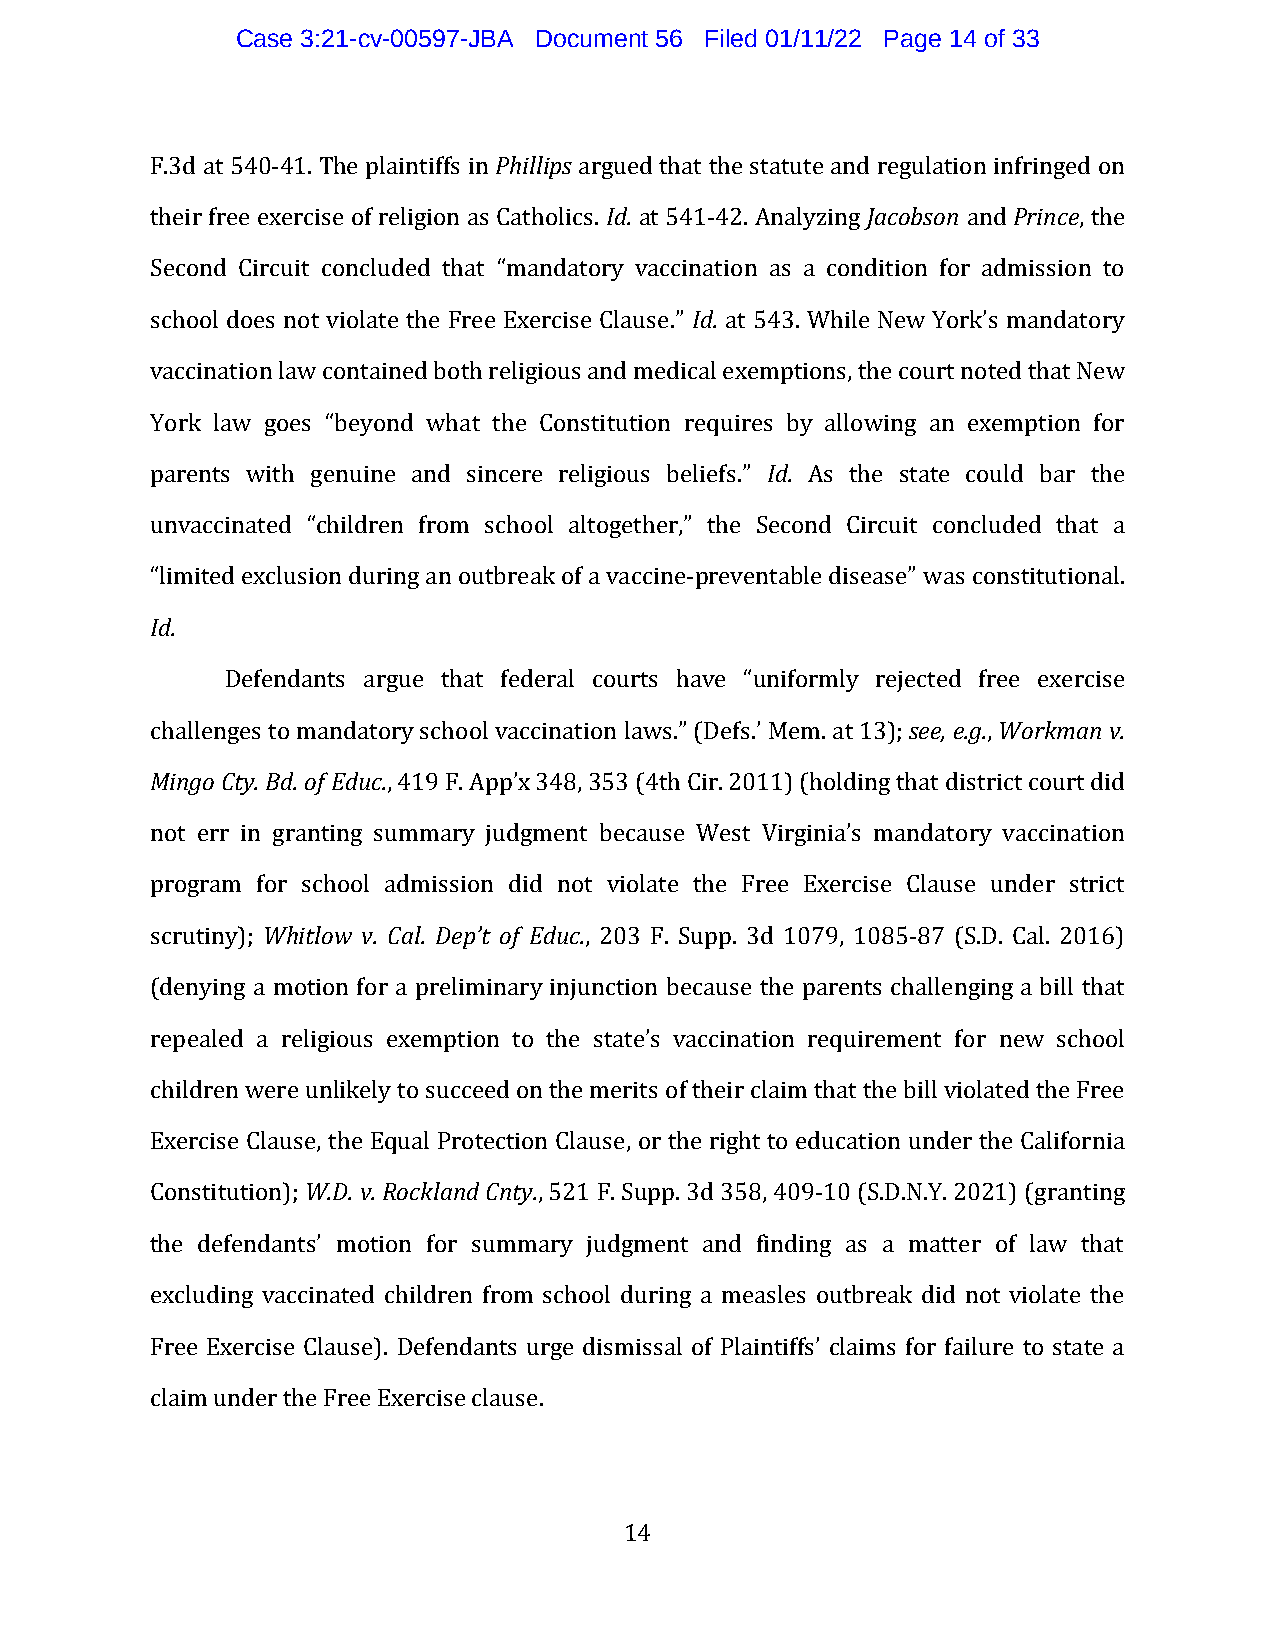
Case 3:21-cv-00597-JBA Document 56 Filed 01/11/22 Page 14 of 33
 F.3d at 540-41. The plaintiffs in Phillips argued that the statute and regulation infringed on
 their free exercise of religion as Catholics. Id. at 541-42. Analyzing Jacobson and Prince, the
 Second Circuit concluded that “mandatory vaccination as a condition for admission to
 school does not violate the Free Exercise Clause.” Id. at 543. While New York’s mandatory
 vaccination law contained both religious and medical exemptions, the court noted that New
 York law goes “beyond what the Constitution requires by allowing an exemption for
 parents with genuine and sincere religious beliefs.” Id. As the state could bar the
 unvaccinated “children from school altogether,” the Second Circuit concluded that a
 “limited exclusion during an outbreak of a vaccine-preventable disease” was constitutional.
 Id.
 Defendants argue that federal courts have “uniformly rejected free exercise
 challenges to mandatory school vaccination laws.” (Defs.’ Mem. at 13); see, e.g., Workman v.
 Mingo Cty. Bd. of Educ., 419 F. App’x 348, 353 (4th Cir. 2011) (holding that district court did
 not err in granting summary judgment because West Virginia’s mandatory vaccination
 program for school admission did not violate the Free Exercise Clause under strict
 scrutiny); Whitlow v. Cal. Dep’t of Educ., 203 F. Supp. 3d 1079, 1085-87 (S.D. Cal. 2016)
 (denying a motion for a preliminary injunction because the parents challenging a bill that
 repealed a religious exemption to the state’s vaccination requirement for new school
 children were unlikely to succeed on the merits of their claim that the bill violated the Free
 Exercise Clause, the Equal Protection Clause, or the right to education under the California
 Constitution); W.D. v. Rockland Cnty., 521 F. Supp. 3d 358, 409-10 (S.D.N.Y. 2021) (granting
 the defendants’ motion for summary judgment and finding as a matter of law that
 excluding vaccinated children from school during a measles outbreak did not violate the
 Free Exercise Clause). Defendants urge dismissal of Plaintiffs’ claims for failure to state a
 claim under the Free Exercise clause.
 14